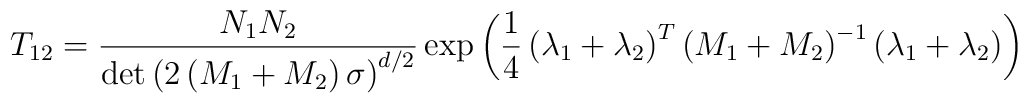
T_{12}=\frac{N_{1}N_{2}}{\det\left( 2\left( M_{1}+M_{2}\right) \sigma\right)^{d/2}}\exp\left( \frac{1}{4}\left( \lambda_{1}+\lambda _{2}\right)^{T}\left( M_{1}+M_{2}\right) ^{-1}\left( \lambda_{1}+\lambda_{2}\right)\right)